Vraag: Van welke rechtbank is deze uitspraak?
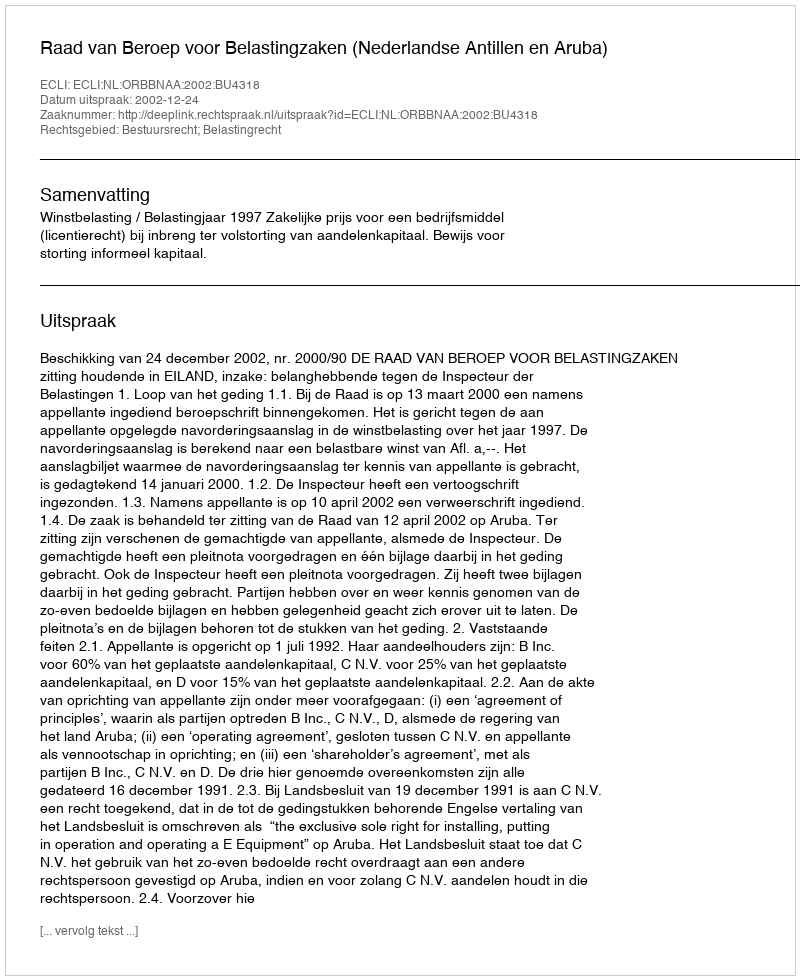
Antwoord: Raad van Beroep voor Belastingzaken (Nederlandse Antillen en Aruba)